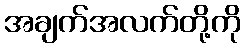
အချက်အလက်တို့ကို